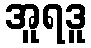
အူရဒူ